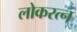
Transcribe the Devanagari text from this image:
लोकरत्न